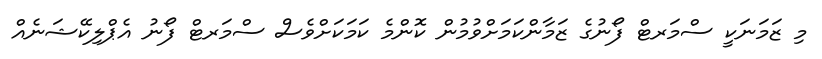
މި ޒަމަނަކީ ސްމަރޓް ފޯނުގެ ޒަމާންކަމަށްވުމުން ކޮންމެ ކަމަކަށްވެސް ސްމަރޓް ފޯނު އެޕްލިކޭޝަނެއް